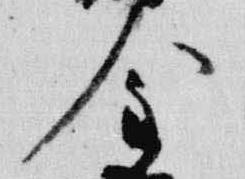
金